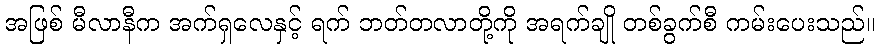
အဖြစ် မီလာနီက အက်ရှလေနှင့် ရက် ဘတ်တလာတို့ကို အရက်ချို တစ်ခွက်စီ ကမ်းပေးသည်။